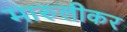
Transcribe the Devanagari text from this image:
मारुलीकर